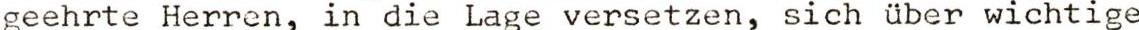
geehrte Herren, in die Lage versetzen, sich über wichtige